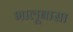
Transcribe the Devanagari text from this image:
भालूबासा